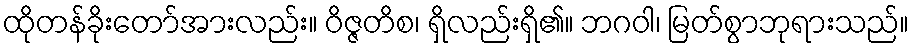
ထိုတန်ခိုးတော်အားလည်း။ ဝိဇ္ဇတိစ၊ ရှိလည်းရှိ၏။ ဘဂဝါ၊ မြတ်စွာဘုရားသည်။